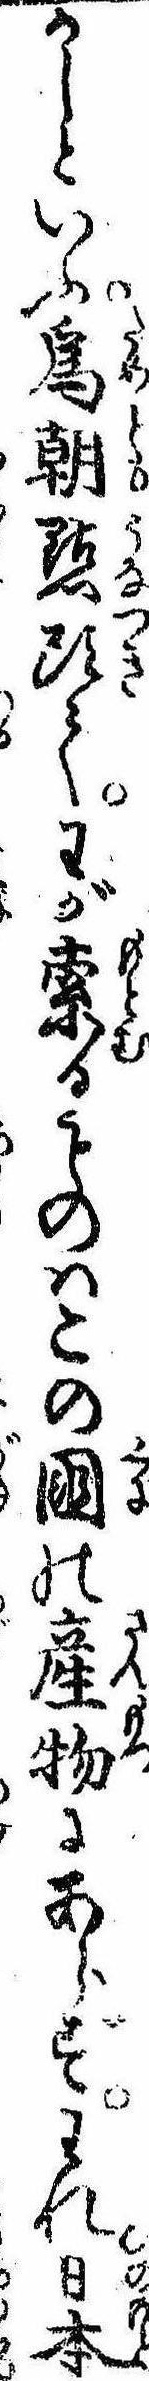
かしといふ為朝点頭てわが索るものはこの国の産物にあらずわれ日本